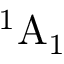
^ 1 \mathrm { A } _ { 1 }